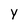
Character: y